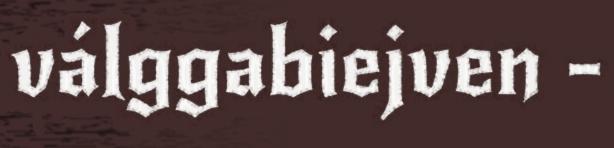
válggabiejven -